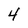
Character: 4